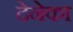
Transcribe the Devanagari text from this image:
देनेका